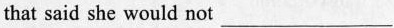
that said she would not ___